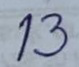
13